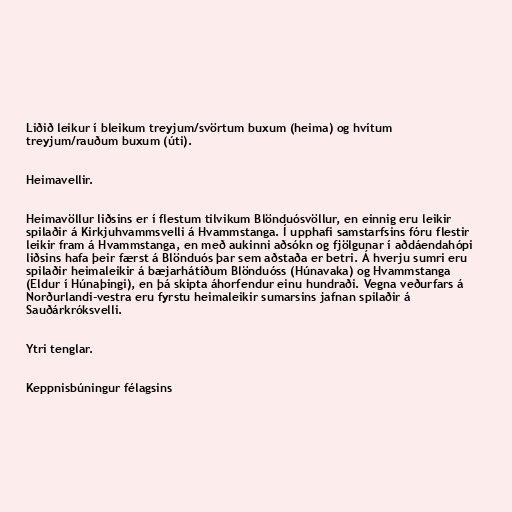
Liðið leikur í bleikum treyjum/svörtum buxum (heima) og hvítum
treyjum/rauðum buxum (úti).

Heimavellir.

Heimavöllur liðsins er í flestum tilvikum Blönduósvöllur, en einnig eru leikir
spilaðir á Kirkjuhvammsvelli á Hvammstanga. Í upphafi samstarfsins fóru flestir
leikir fram á Hvammstanga, en með aukinni aðsókn og fjölgunar í aðdáendahópi
liðsins hafa þeir færst á Blönduós þar sem aðstaða er betri. Á hverju sumri eru
spilaðir heimaleikir á bæjarhátíðum Blönduóss (Húnavaka) og Hvammstanga
(Eldur í Húnaþingi), en þá skipta áhorfendur einu hundraði. Vegna veðurfars á
Norðurlandi-vestra eru fyrstu heimaleikir sumarsins jafnan spilaðir á
Sauðárkróksvelli.

Ytri tenglar.

Keppnisbúningur félagsins